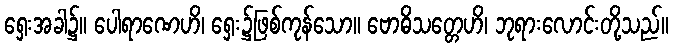
ရှေးအခါ၌။ ပေါရာဏေဟိ၊ ရှေး၌ဖြစ်ကုန်သော။ ဗောဓိသတ္တေဟိ၊ ဘုရားလောင်းတို့သည်။